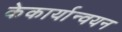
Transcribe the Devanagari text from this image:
केकार्यान्वयन